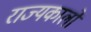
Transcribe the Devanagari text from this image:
राज्यकालों